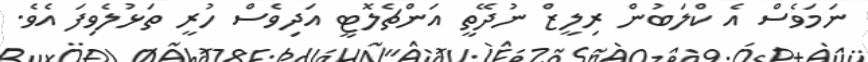
ނަމަވެސް އެ ކްލަބުން ރިލީޒް ނުދޭތީ އަންޗެލޮޓީ އަދިވެސް ހުރީ ތަޅުލެވިފަ އެވެ.